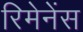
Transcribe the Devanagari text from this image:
रिमेनेंस